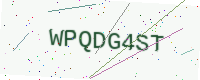
Text: WPQDG4ST